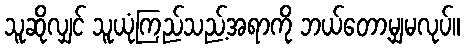
သူဆိုလျှင် သူယုံကြည်သည့်အရာကို ဘယ်တော့မျှမလုပ်။